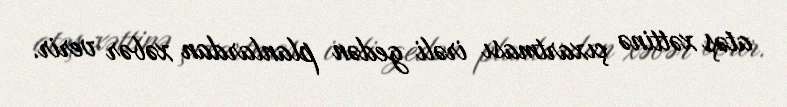
atəş xəttinə çıxartması irəli gedən planlardan xəbər verir.